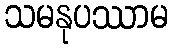
သမနုပဿာမ